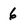
Character: 6